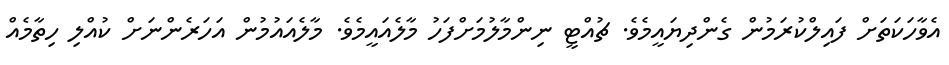
އެވާހަކަތަށް ފައިލްކުރަމުން ގެންދިޔައީމެވެ. ޗުއްޓީ ނިންމާލުމަށްފަހު މާލެއައީމެވެ. މާލެއައުމުން އަހަރެންނަށް ކުއްލި ހިތާމެއް